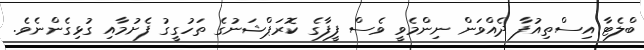
ބްލެޓާ އިސްތިއުފާ ދެއްވަން ނިންމެވީ ވެސް ފީފާގެ ކޮރަޕްޝަނުގެ ތަހުގީގު ފެށުމާއި ގުޅިގެންނެވެ.